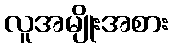
လူအမျိုးအစား